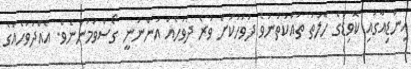
އިންޑިއާގައި ކޮވިޑްގެ ހާލަތު ތައްކަތުނުވެ ދުވަހަކަށް ވުރެ ދުވަހެއް އަންނަނީ ގޯސްވަމުންނެވެ. އެއްދުވަހެއްގެ